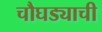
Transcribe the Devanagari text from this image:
चौघड्याची